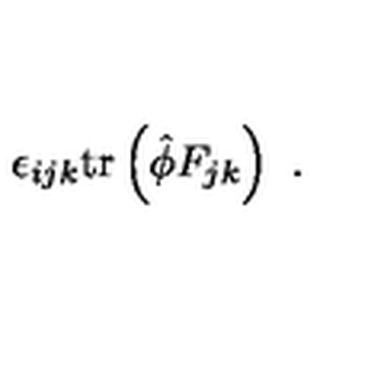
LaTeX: \epsilon _ { i j k } \mathrm { t r } \left( \hat { \phi } F _ { j k } \right) \ .